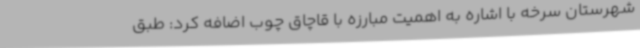
شهرستان سرخه با اشاره به اهمیت مبارزه با قاچاق چوب اضافه کرد: طبق